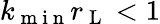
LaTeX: k_{\mathrm{~m~i~n~}}r_{\mathrm{~L~}}<1